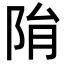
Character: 𨹆